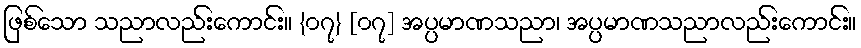
ဖြစ်သော သညာလည်းကောင်း။ {၀၇} [၀၇] အပ္ပမာဏသညာ၊ အပ္ပမာဏသညာလည်းကောင်း။